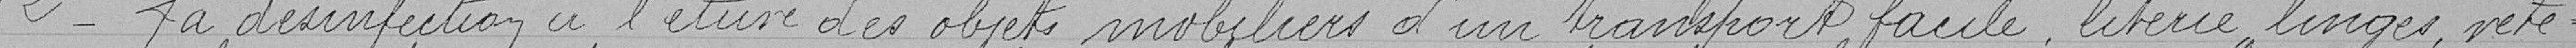
2° La désinfection à l'étuve des objets mobiliers d'un transport facile, literie, linge, vête-